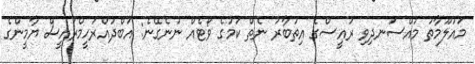
މައުލޫމާތު މުއްސަނދިވި ރައީސްގެ އިތުބާރު ނެތް ކަމުގެ ވޯޓެއް ނުނެގޭނެ: އަބްދުއްރަހީމްރައީސް ޔާމީންގެ